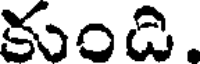
కుంది.